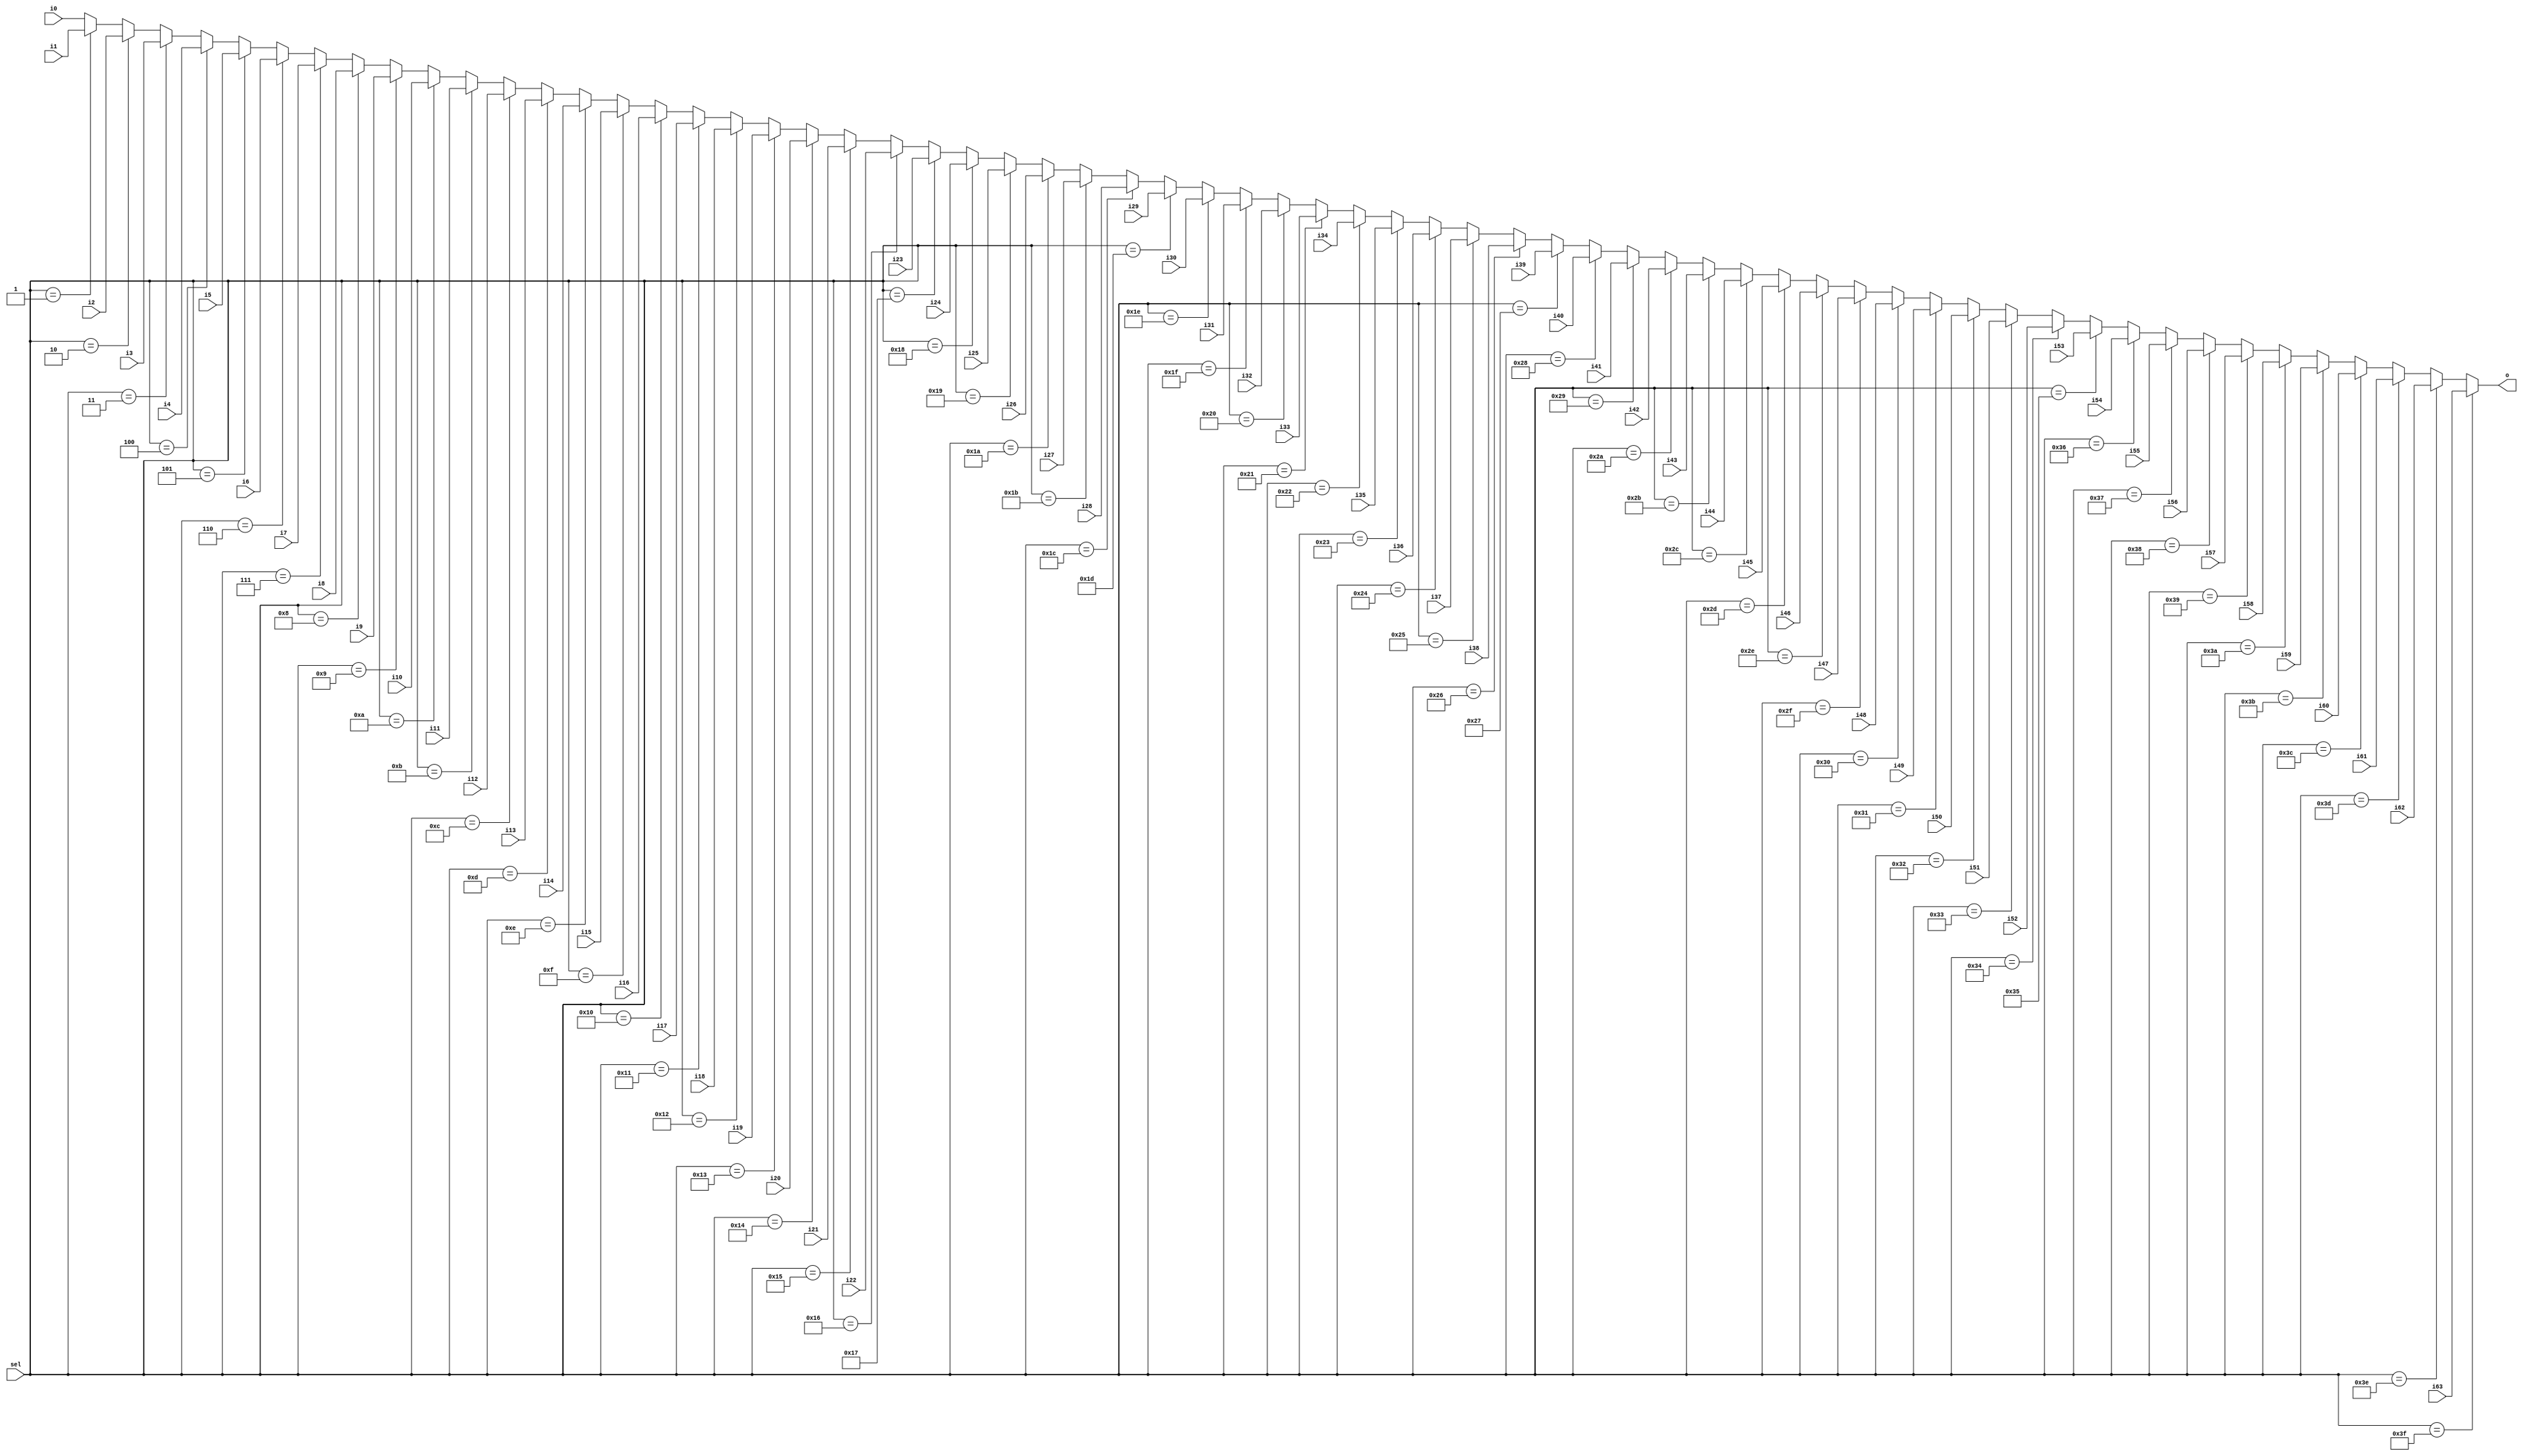
module Mux (i0,i1,i2,i3,i4,i5,i6,i7,i8,i9, 
            i10,i11,i12,i13,i14,i15,i16,i17,i18,i19, 
            i20,i21,i22,i23,i24,i25,i26,i27,i28,i29, 
            i30,i31,i32,i33,i34,i35,i36,i37,i38,i39, 
            i40,i41,i42,i43,i44,i45,i46,i47,i48,i49, 
            i50,i51,i52,i53,i54,i55,i56,i57,i58,i59, 
            i60,i61,i62,i63,  sel,o);
    input [23:0] i0,i1,i2,i3,i4,i5,i6,i7,i8,i9,i10,i11,i12,i13,i14,i15,i16,i17,i18,i19,i20,i21,i22,i23,i24,i25,i26,i27,i28,i29,i30,i31,i32,i33,i34,i35,i36,i37,i38,i39,i40,i41,i42,i43,i44,i45,i46,i47,i48,i49,i50,i51,i52,i53,i54,i55,i56,i57,i58,i59,i60,i61,i62,i63;
    input [5:0] sel;
    output [23:0] o;

    assign o =  (sel==6'd63) ? i63 : 
                (sel==6'd62) ? i62 :
                (sel==6'd61) ? i61 :
                (sel==6'd60) ? i60 :
                (sel==6'd59) ? i59 :
                (sel==6'd58) ? i58 :
                (sel==6'd57) ? i57 :
                (sel==6'd56) ? i56 :
                (sel==6'd55) ? i55 :
                (sel==6'd54) ? i54 :
                (sel==6'd53) ? i53 :
                (sel==6'd52) ? i52 :
                (sel==6'd51) ? i51 :
                (sel==6'd50) ? i50 :
                (sel==6'd49) ? i49 :
                (sel==6'd48) ? i48 :
                (sel==6'd47) ? i47 :
                (sel==6'd46) ? i46 :
                (sel==6'd45) ? i45 :
                (sel==6'd44) ? i44 :
                (sel==6'd43) ? i43 :
                (sel==6'd42) ? i42 :
                (sel==6'd41) ? i41 :
                (sel==6'd40) ? i40 :
                (sel==6'd39) ? i39 :
                (sel==6'd38) ? i38 :
                (sel==6'd37) ? i37 :
                (sel==6'd36) ? i36 :
                (sel==6'd35) ? i35 :
                (sel==6'd34) ? i34 :
                (sel==6'd33) ? i33 :
                (sel==6'd32) ? i32 :
                (sel==6'd31) ? i31 :
                (sel==6'd30) ? i30 :
                (sel==6'd29) ? i29 :
                (sel==6'd28) ? i28 :
                (sel==6'd27) ? i27 :
                (sel==6'd26) ? i26 :
                (sel==6'd25) ? i25 :
                (sel==6'd24) ? i24 :
                (sel==6'd23) ? i23 :
                (sel==6'd22) ? i22 :
                (sel==6'd21) ? i21 :
                (sel==6'd20) ? i20 :
                (sel==6'd19) ? i19 :
                (sel==6'd18) ? i18 :
                (sel==6'd17) ? i17 :
                (sel==6'd16) ? i16 :
                (sel==6'd15) ? i15 :
                (sel==6'd14) ? i14 :
                (sel==6'd13) ? i13 :
                (sel==6'd12) ? i12 :
                (sel==6'd11) ? i11 :
                (sel==6'd10) ? i10 :
                (sel==6'd9)  ? i9  :
                (sel==6'd8)  ? i8  :
                (sel==6'd7)  ? i7  :
                (sel==6'd6)  ? i6  :
                (sel==6'd5)  ? i5  :
                (sel==6'd4)  ? i4  :
                (sel==6'd3)  ? i3  :
                (sel==6'd2)  ? i2  :
                (sel==6'd1)  ? i1  : i0 ;

 
endmodule